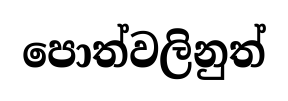
පොත්වලිනුත්